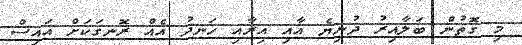
މި ގޮތުން ބަލާއިރު ދުނިޔެ އާއި އިރާއި ހަނދު އެއް ރޮނގަކަށް އައިސް